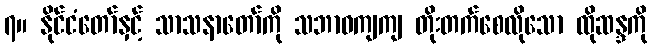
၇။ နိုင်ငံတော်နှင့် သာသနာတော်ကို သဘာဝကျကျ တိုးတက်စေလိုသော ထိုဆန္ဒကို